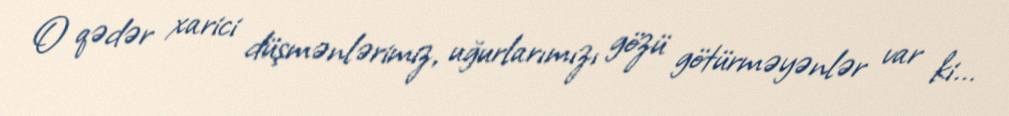
O qədər xarici düşmənlərimiz, uğurlarımızı gözü götürməyənlər var ki...